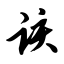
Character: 该